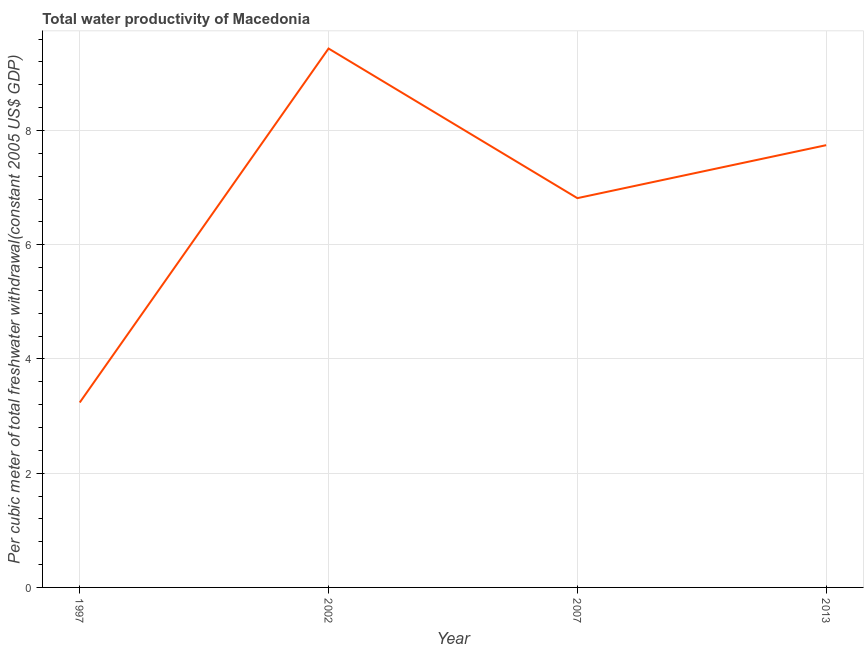
| Year | Water productivity |
 | --- | --- |
 | 1997 | 3.24 |
 | 2002 | 9.43 |
 | 2007 | 6.82 |
 | 2013 | 7.74 |